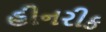
હીનરીક